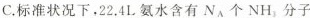
C.标准状况下，22.4L氨水含有N_{A}个NH_{3}分子